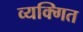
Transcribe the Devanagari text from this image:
व्यक्गित